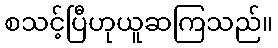
စသင့်ပြီဟုယူဆကြသည်။